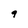
Character: 9